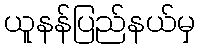
ယူနန်ပြည်နယ်မှ